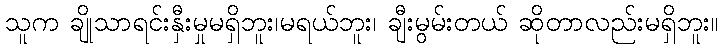
သူက ချိုသာရင်းနှီးမှုမရှိဘူး၊မရယ်ဘူး၊ ချီးမွမ်းတယ် ဆိုတာလည်းမရှိဘူး။